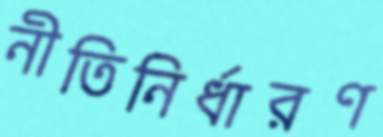
নীতিনির্ধারণ